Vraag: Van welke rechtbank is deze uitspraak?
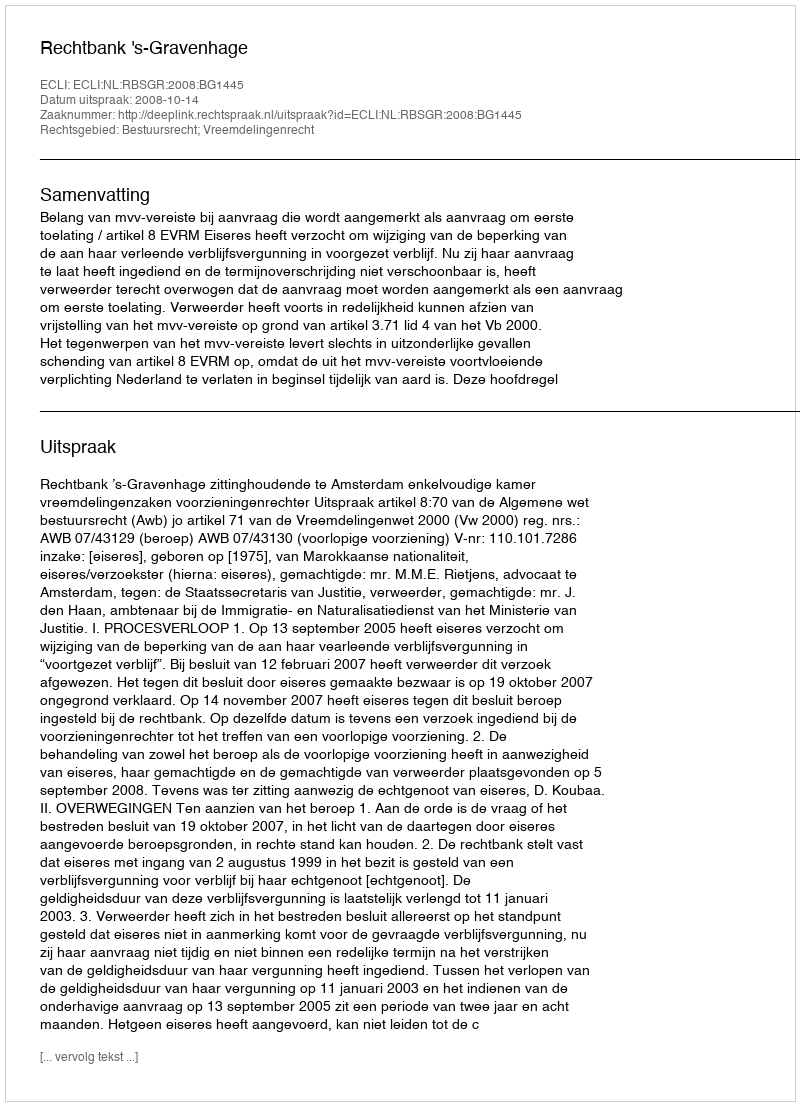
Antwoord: Rechtbank 's-Gravenhage